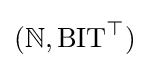
(\mathbb {N} ,{\text{BIT}}^{\top })